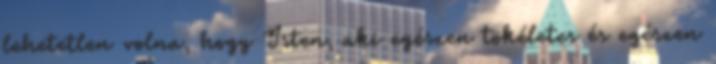
lehetetlen volna, hogy Isten, aki egészen tökéletes és egészen